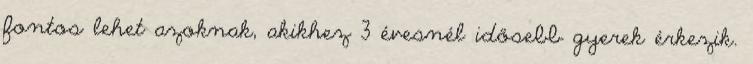
fontos lehet azoknak, akikhez 3 évesnél idősebb gyerek érkezik.